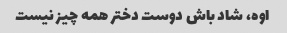
اوه، شاد باش دوست دختر همه چیز نیست